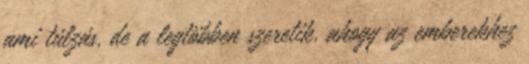
ami túlzás, de a legtöbben szeretik, ahogy az emberekhez